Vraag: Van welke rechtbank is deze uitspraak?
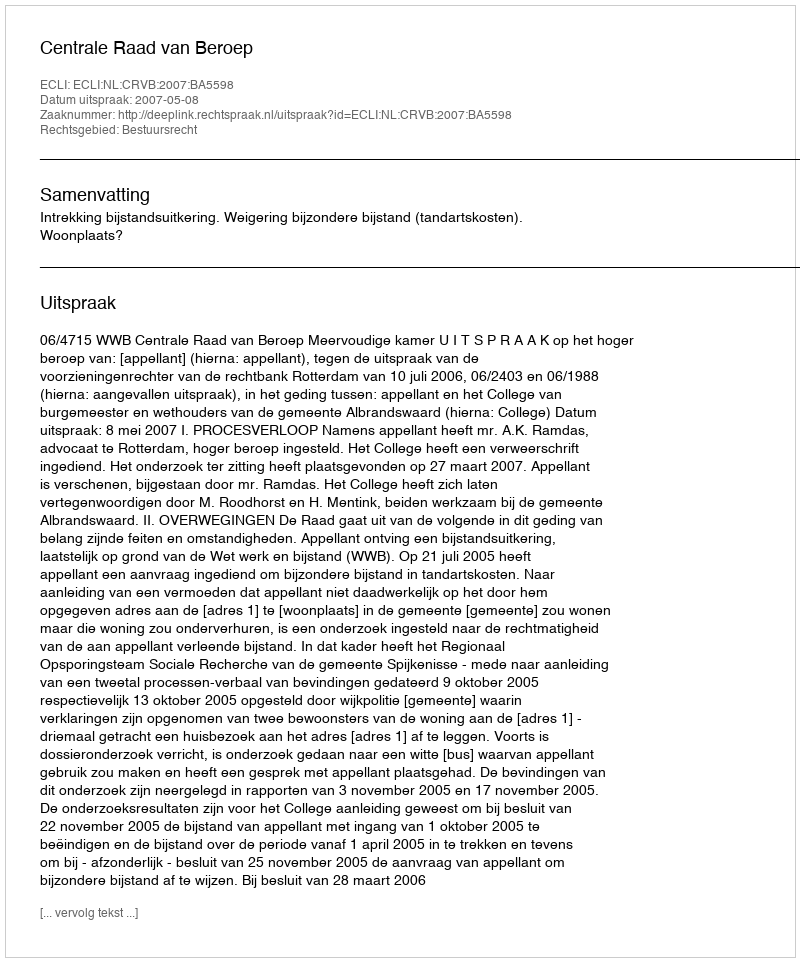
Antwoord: Centrale Raad van Beroep